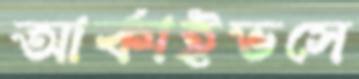
আর্কাইভসে